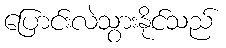
ပြောင်းလဲသွားနိုင်သည်